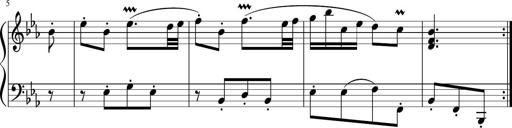
Title: 12 Keyboard Sonatinas
Composer: James Hook